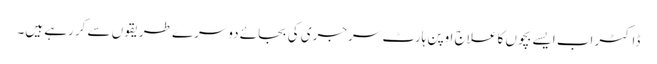
ڈاکٹر اب ایسے بچوں کا علاج اوپن ہارٹ سرجری کی بجائے دوسرے طریقوں سے کررہے ہیں۔